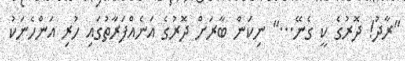
"ރާދު! ދޮރުގެ ކީ ގެނޭ..." ނިކަން ބާރަށް ދޮރުގެ އަނެއްފަރާތުގައި ހުރި އަންހެނަކު